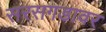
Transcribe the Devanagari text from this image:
सरसगडावर